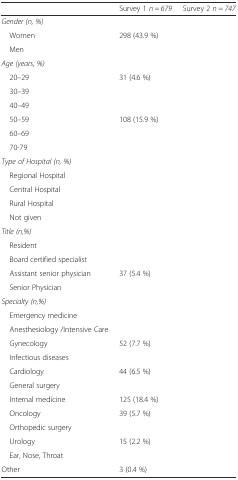
<table><thead><tr><td>[EMPTY_CELL]</td><td><b>Survey 1 <i>n = 679</i></b></td><td><b>Survey 2 <i>n = 747</i></b></td></tr></thead><tbody><tr><td><i>Gender (n, %)</i></td><td>[EMPTY_CELL]</td><td>[EMPTY_CELL]</td></tr><tr><td> Women</td><td>298 (43.9 %)</td><td>[EMPTY_CELL]</td></tr><tr><td> Men</td><td>[EMPTY_CELL]</td><td>[EMPTY_CELL]</td></tr><tr><td><i>Age (years, %)</i></td><td>[EMPTY_CELL]</td><td>[EMPTY_CELL]</td></tr><tr><td> 20–29</td><td>31 (4.6 %)</td><td>[EMPTY_CELL]</td></tr><tr><td> 30–39</td><td>[EMPTY_CELL]</td><td>[EMPTY_CELL]</td></tr><tr><td> 40–49</td><td>[EMPTY_CELL]</td><td>[EMPTY_CELL]</td></tr><tr><td> 50–59</td><td>108 (15.9 %)</td><td>[EMPTY_CELL]</td></tr><tr><td> 60–69</td><td>[EMPTY_CELL]</td><td>[EMPTY_CELL]</td></tr><tr><td> 70-79</td><td>[EMPTY_CELL]</td><td>[EMPTY_CELL]</td></tr><tr><td><i>Type of Hospital (n, %)</i></td><td>[EMPTY_CELL]</td><td>[EMPTY_CELL]</td></tr><tr><td> Regional Hospital</td><td>[EMPTY_CELL]</td><td>[EMPTY_CELL]</td></tr><tr><td> Central Hospital</td><td>[EMPTY_CELL]</td><td>[EMPTY_CELL]</td></tr><tr><td> Rural Hospital</td><td>[EMPTY_CELL]</td><td>[EMPTY_CELL]</td></tr><tr><td> Not given</td><td>[EMPTY_CELL]</td><td>[EMPTY_CELL]</td></tr><tr><td><i>Title (n,%)</i></td><td>[EMPTY_CELL]</td><td>[EMPTY_CELL]</td></tr><tr><td> Resident</td><td>[EMPTY_CELL]</td><td>[EMPTY_CELL]</td></tr><tr><td> Board certified specialist</td><td>[EMPTY_CELL]</td><td>[EMPTY_CELL]</td></tr><tr><td> Assistant senior physician</td><td>37 (5.4 %)</td><td>[EMPTY_CELL]</td></tr><tr><td> Senior Physician</td><td>[EMPTY_CELL]</td><td>[EMPTY_CELL]</td></tr><tr><td><i>Specialty (n,%)</i></td><td>[EMPTY_CELL]</td><td>[EMPTY_CELL]</td></tr><tr><td> Emergency medicine</td><td>[EMPTY_CELL]</td><td>[EMPTY_CELL]</td></tr><tr><td> Anesthesiology /Intensive Care</td><td>[EMPTY_CELL]</td><td>[EMPTY_CELL]</td></tr><tr><td> Gynecology</td><td>52 (7.7 %)</td><td>[EMPTY_CELL]</td></tr><tr><td> Infectious diseases</td><td>[EMPTY_CELL]</td><td>[EMPTY_CELL]</td></tr><tr><td> Cardiology</td><td>44 (6.5 %)</td><td>[EMPTY_CELL]</td></tr><tr><td> General surgery</td><td>[EMPTY_CELL]</td><td>[EMPTY_CELL]</td></tr><tr><td> Internal medicine</td><td>125 (18.4 %)</td><td>[EMPTY_CELL]</td></tr><tr><td> Oncology</td><td>39 (5.7 %)</td><td>[EMPTY_CELL]</td></tr><tr><td> Orthopedic surgery</td><td>[EMPTY_CELL]</td><td>[EMPTY_CELL]</td></tr><tr><td> Urology</td><td>15 (2.2 %)</td><td>[EMPTY_CELL]</td></tr><tr><td> Ear, Nose, Throat</td><td>[EMPTY_CELL]</td><td>[EMPTY_CELL]</td></tr><tr><td>Other</td><td>3 (0.4 %)</td><td>[EMPTY_CELL]</td></tr></tbody></table>